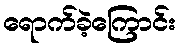
ရောက်ခဲ့ကြောင်း